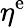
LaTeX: \eta^{\mathrm{e}}